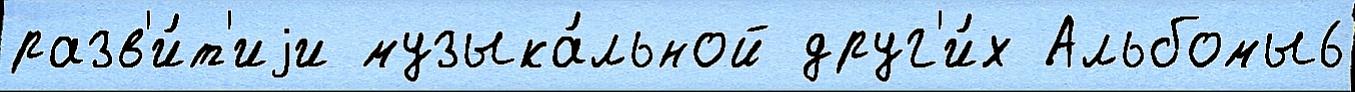
разв'и́т'иjи музыка́льной друг'и́х Альбомы6